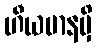
ဟီယမာနမှိ